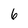
Character: 6